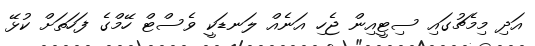
އަދި މިމެޗުގައި ސިޓީއިން ޖެހި އަނެއް ލަނޑަކީ ވެސްޓް ހޭމްގެ ފަހަތަށް ކުޅޭ